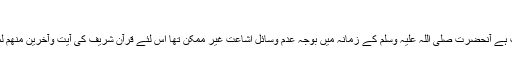
جاء الحق)
چونکہ آنحضرت صلی اللہ علیہ وسلم کا دوسرا فرض منصبی جو تکمیل اشاعت ہدایت ہے آنحضرت صلی اللہ علیہ وسلم کے زمانہ میں بوجہ عدم وسائل اشاعت غیر ممکن تھا اس لئے قرآن شریف کی آیت وآخرین منھم لما یلحقوا بھم میں آنحضرت صلی اللہ علیہ و آلہ و سلم کی آمد ثانی کا وعدہ دیا گیا ہے۔